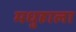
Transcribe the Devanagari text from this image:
मधुहाला